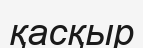
қасқыр